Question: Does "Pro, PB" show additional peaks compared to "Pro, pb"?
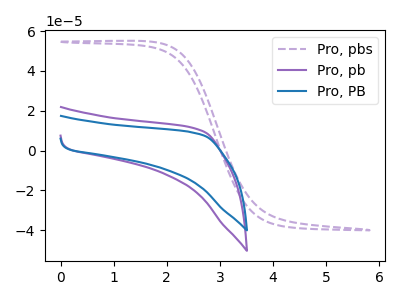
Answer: <think>The purple dashed curve "Pro, pbs" has no peaks. The purple curve "Pro, pb" has no peaks. The blue curve "Pro, PB" has no peaks.
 Neither "Pro, PB" or "Pro, pb" have any peaks.</think>
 <answer>No, "Pro, PB" and "Pro, pb" don't appear to be significantly different in shape</answer>
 <eval>no_change</eval>